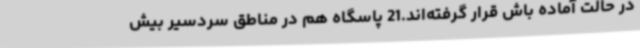
در حالت آماده باش قرار گرفته‌اند.21 پاسگاه هم در مناطق سردسیر بیش